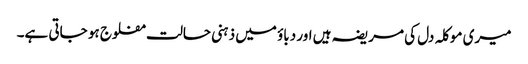
میری موکلہ دل کی مریضہ ہیں اور دباؤ میں ذہنی حالت مفلوج ہو جاتی ہے۔